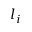
l _ { i }